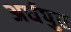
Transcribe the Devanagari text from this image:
अर्धपुर